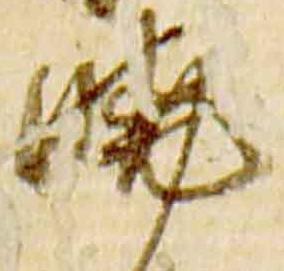
暁